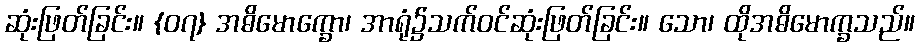
ဆုံးဖြတ်ခြင်း။ {၀၇} အဓိမောက္ခော၊ အာရုံ၌သက်ဝင်ဆုံးဖြတ်ခြင်း။ သော၊ ထိုအဓိမောက္ခသည်။